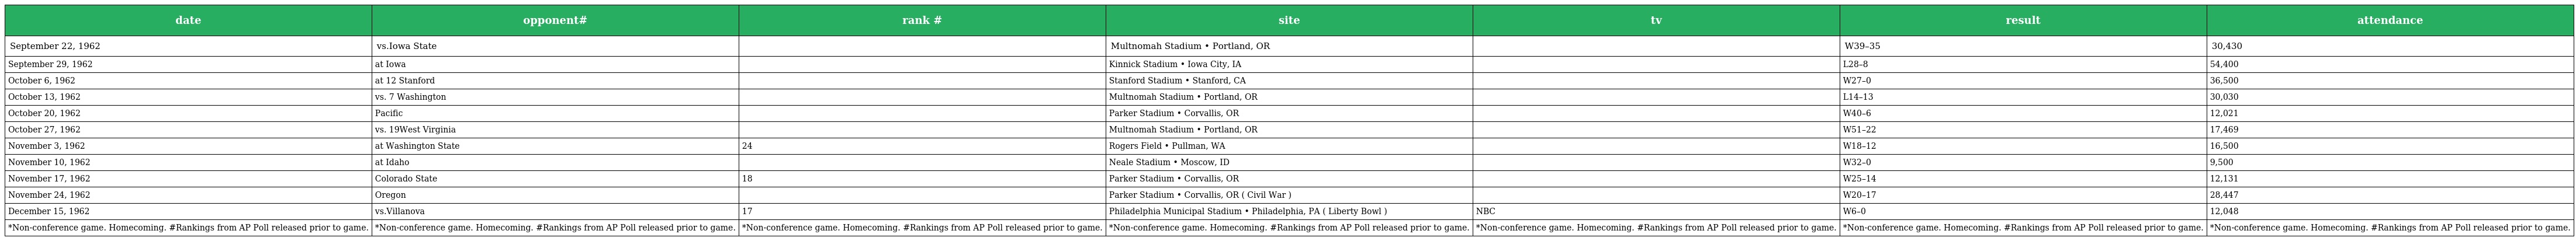
| date | opponent# | rank # | site | tv | result | attendance |
 | --- | --- | --- | --- | --- | --- | --- |
 | September 22, 1962 | vs.Iowa State |  | Multnomah Stadium • Portland, OR |  | W39–35 | 30,430 |
 | September 29, 1962 | at Iowa |  | Kinnick Stadium • Iowa City, IA |  | L28–8 | 54,400 |
 | October 6, 1962 | at 12 Stanford |  | Stanford Stadium • Stanford, CA |  | W27–0 | 36,500 |
 | October 13, 1962 | vs. 7 Washington |  | Multnomah Stadium • Portland, OR |  | L14–13 | 30,030 |
 | October 20, 1962 | Pacific |  | Parker Stadium • Corvallis, OR |  | W40–6 | 12,021 |
 | October 27, 1962 | vs. 19West Virginia |  | Multnomah Stadium • Portland, OR |  | W51–22 | 17,469 |
 | November 3, 1962 | at Washington State | 24 | Rogers Field • Pullman, WA |  | W18–12 | 16,500 |
 | November 10, 1962 | at Idaho |  | Neale Stadium • Moscow, ID |  | W32–0 | 9,500 |
 | November 17, 1962 | Colorado State | 18 | Parker Stadium • Corvallis, OR |  | W25–14 | 12,131 |
 | November 24, 1962 | Oregon |  | Parker Stadium • Corvallis, OR ( Civil War ) |  | W20–17 | 28,447 |
 | December 15, 1962 | vs.Villanova | 17 | Philadelphia Municipal Stadium • Philadelphia, PA ( Liberty Bowl ) | NBC | W6–0 | 12,048 |
 | *Non-conference game. Homecoming. #Rankings from AP Poll released prior to game. | *Non-conference game. Homecoming. #Rankings from AP Poll released prior to game. | *Non-conference game. Homecoming. #Rankings from AP Poll released prior to game. | *Non-conference game. Homecoming. #Rankings from AP Poll released prior to game. | *Non-conference game. Homecoming. #Rankings from AP Poll released prior to game. | *Non-conference game. Homecoming. #Rankings from AP Poll released prior to game. | *Non-conference game. Homecoming. #Rankings from AP Poll released prior to game. |